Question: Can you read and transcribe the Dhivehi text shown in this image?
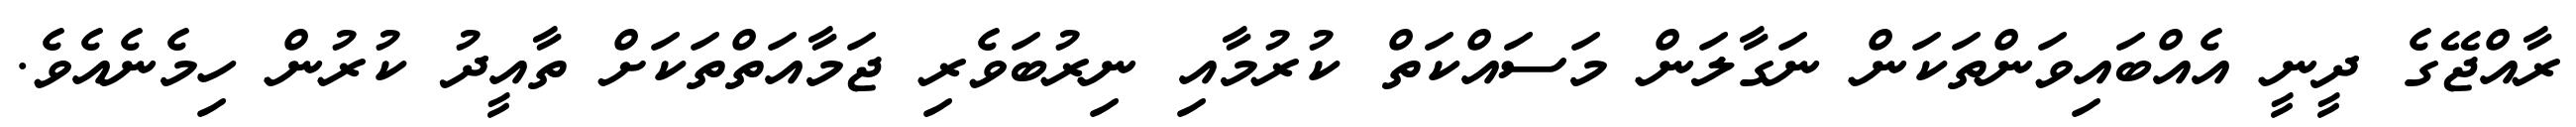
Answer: ރާއްޖޭގެ ދީނީ އެއްބައިވަންތަކަން ނަގާލަން މަސައްކަތް ކުރުމާއި ނިރުބަވެރި ޖަމާއަތްތަކަށް ތާއީދު ކުރުން ހިމެނެއެވެ.